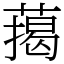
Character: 䔾